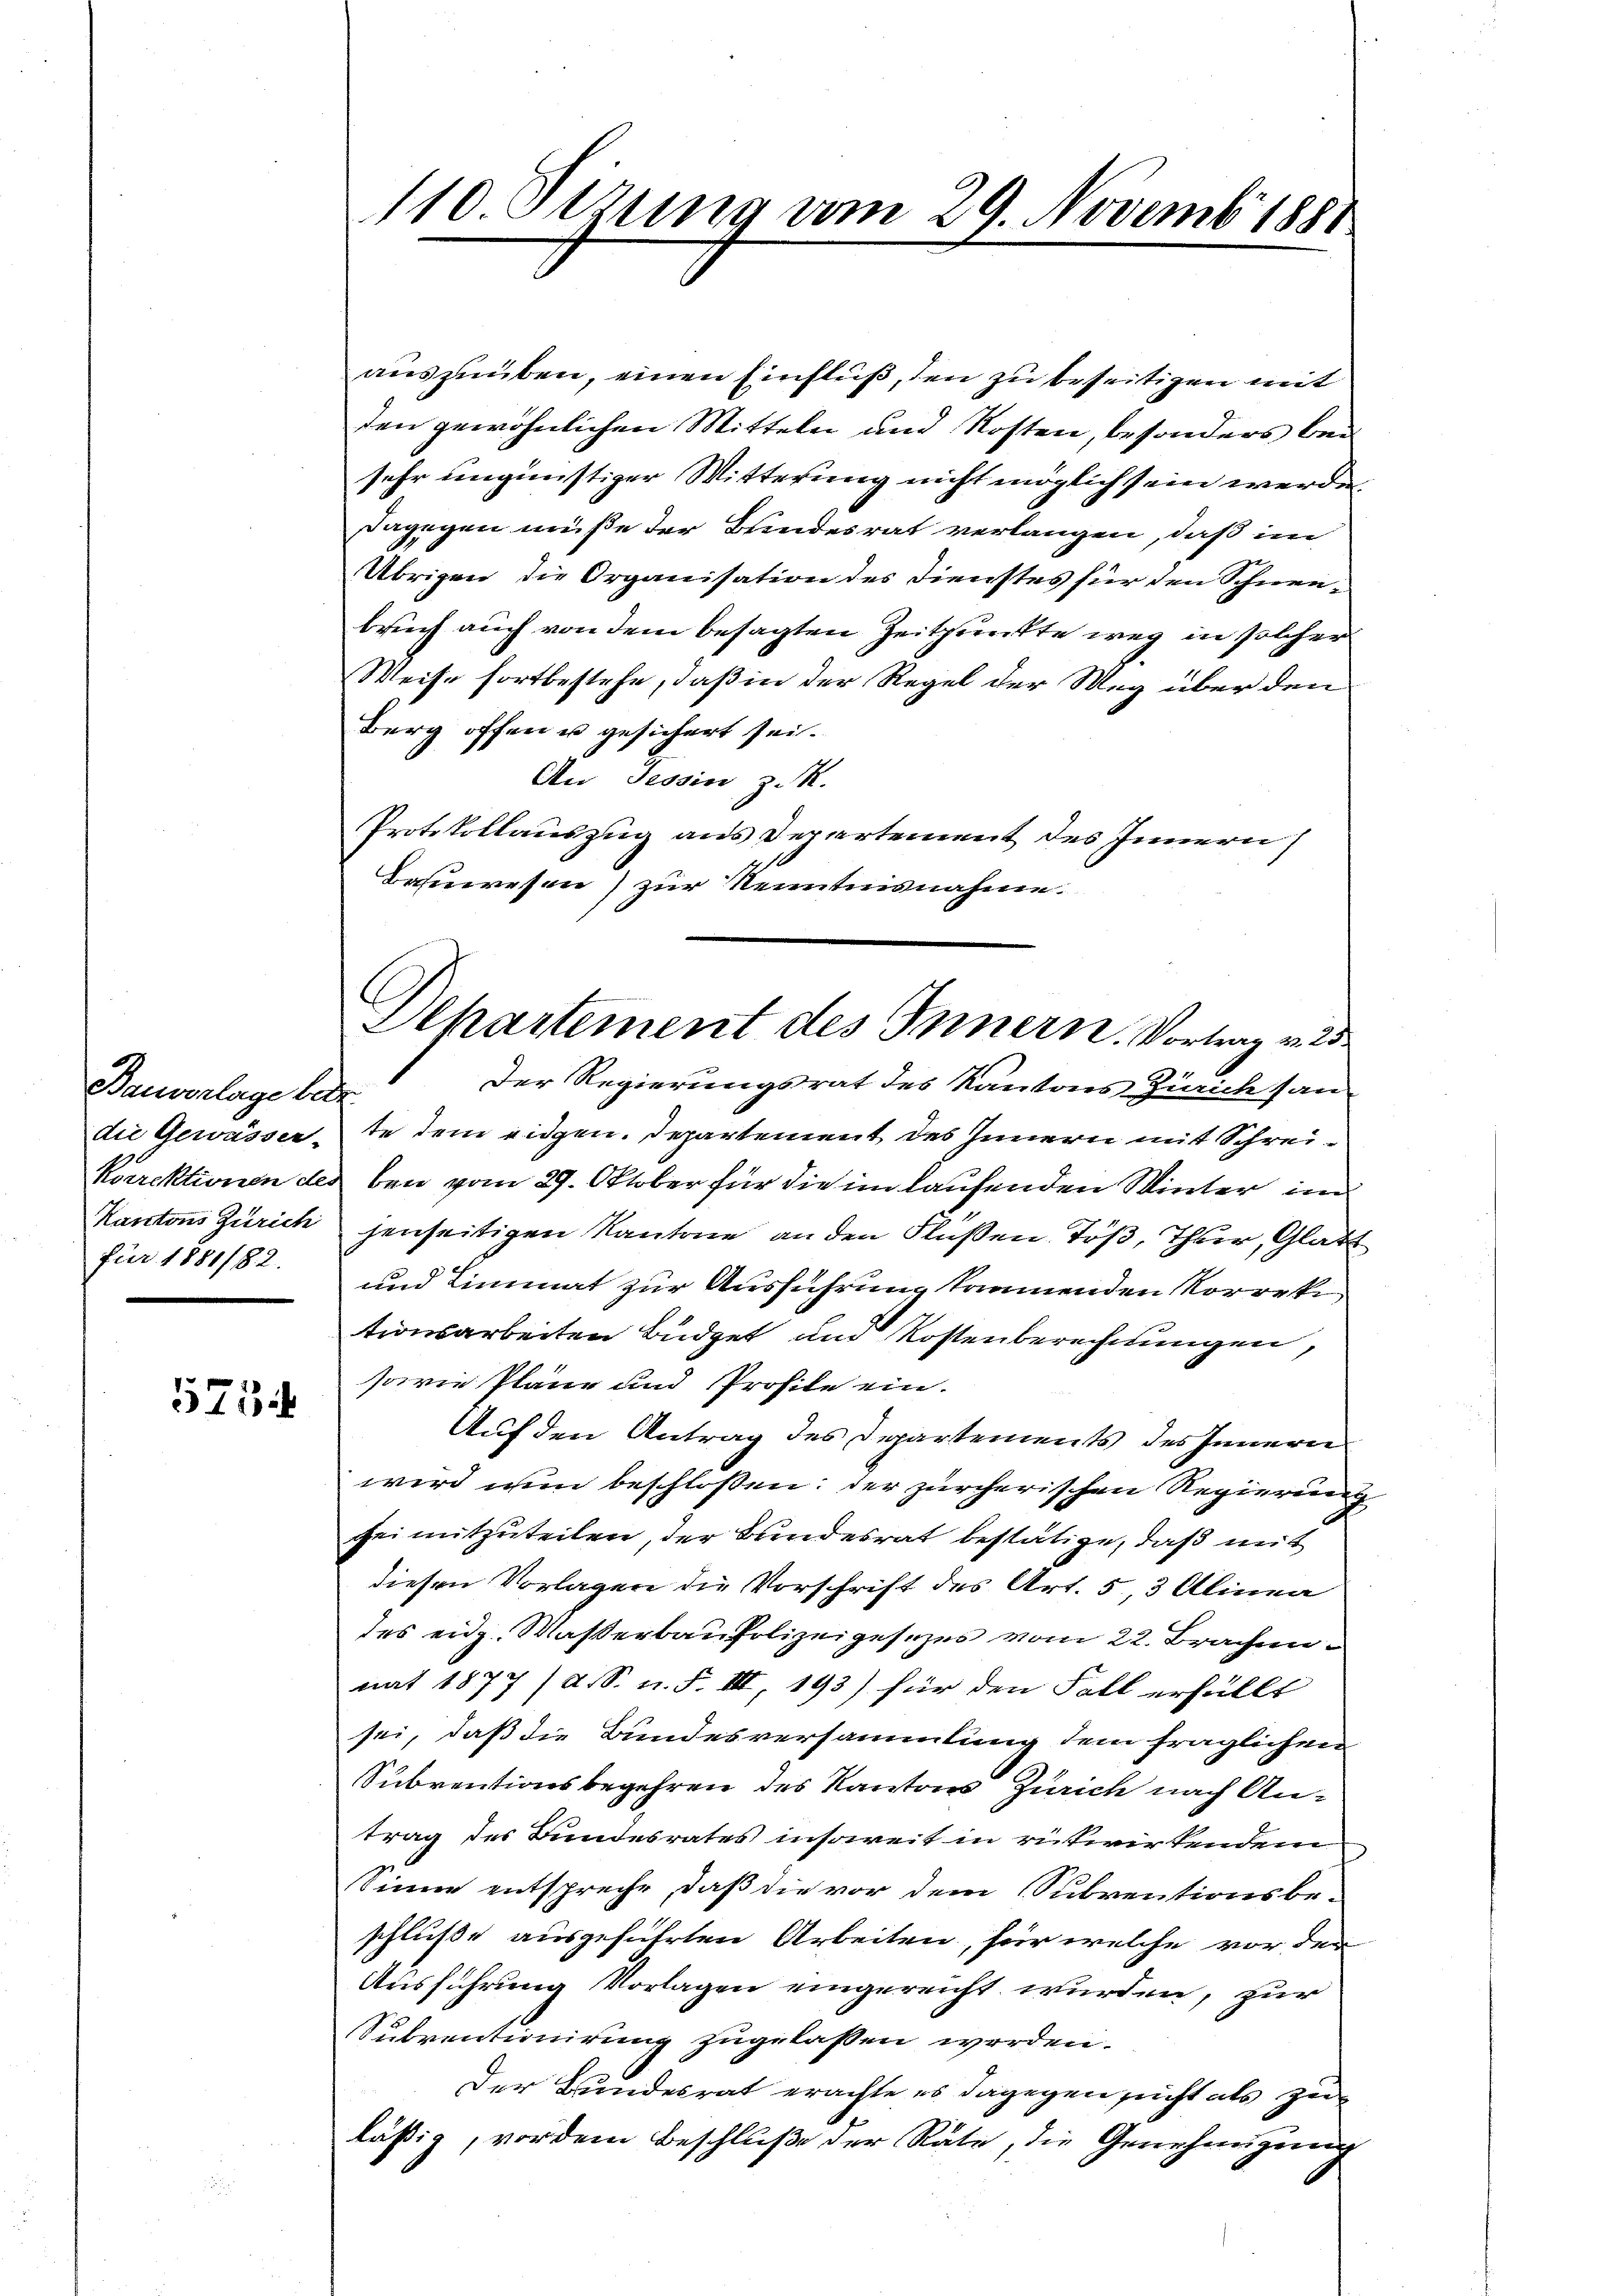
Bauverlage be
die Gewässer-
korrektionen des
Kantons Zürich
für 1881/82.

573

110 Sezung vom 29. Novemb. 1881

auszuüben, einen Einfluß, den zu beseitigen mit
den gewöhnlichen Mitteln und Kosten, besonders bei
sehr ungünstiger Witterung nicht möglich sein werde.
dagegen müße der Bundesrat verlangen, daß im
Übrigen die Organisation des Dienstes für den Schneebruch auch von dem besagten Zeitpunkte weg in solcher
Weise fortbestehe, daß in der Regel der Weg über den
Berg offen u gesichert sei.
An Tessin, z. R.
Protokollauszug aus Departement des Innern
Bauwesen) zur Kenntnisnahme.
Der Regierungsrat des Kantons Zürich san¬
.
te dem eidgen. Departement des Innern mit Schreiben vom 27. Oktober für die im laufenden Winter in
jenseitigen Kantone an den Flüßen, Töß, Thur, Glatt
und Limmat zur Ausführung tramenden Korreti
tionsarbeiten Büdget und Kostenberechnungen,
sowie Pläne und Profite ein.
Auf den Antrag des Departements des Inneren
wird wir beschlossen: der zürcherischen Regierung
bei mitzuteilen, der Bundesrat bestätige, daß mit
diesen Vorlagen die Vorschrift des Art. 5, 3 Alinea
des eidg. Waßerbaupolizeigesezes vom 22. Brachen
nat 1877 /d. S. n. F. III, 193) für den Fall erfällt
sei, daß die Bundesversammlung dem fraglichen
Subventionsbegehren des Kantons Zürich nach Antrag des Bundesrates insoweit in rükwirkendem
Sinne entspreche, daß die vor dem Subventionsbeschluße ausgeführten Arbeiten, für welche vor der
Ausführung Vorlagen eingereicht wurden, zur
Subventionirung zugelassen worden.
Der Bundesrat erachte es dagegen sicht als zu
läßig, vor dem Beschluße der Räte, die Genehmigung

Ahartement des Innern. Vortrag v. 25